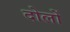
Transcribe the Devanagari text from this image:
दोलों